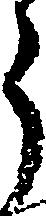
う